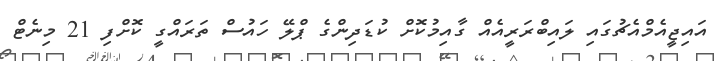
އައިޖީއެމްއެޗުގައި ލައިބްރަރީއެއް ގާއިމުކޮށް ކުޑަދިންގެ ޕްލޭ ހައުސް ތަރައްގީ ކޮށްފި 21 މިނެޓް